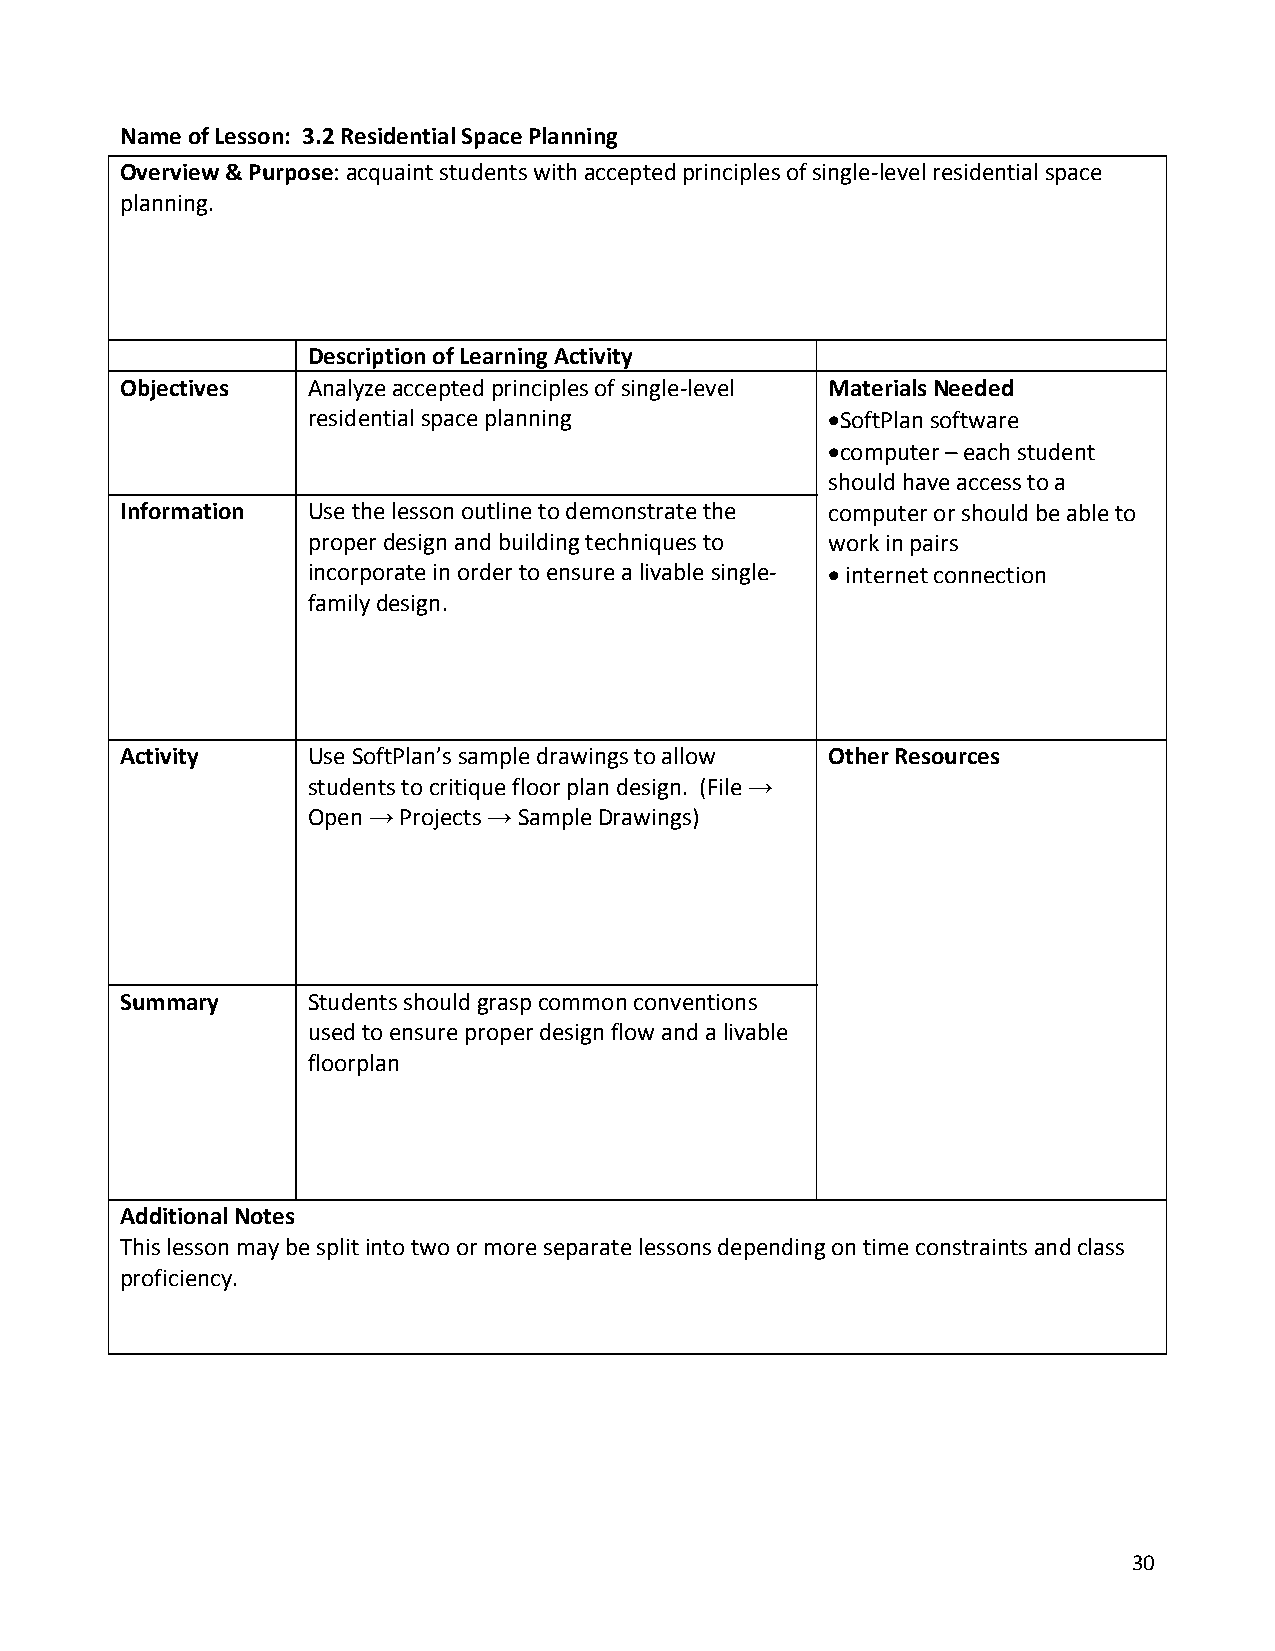
Name of Lesson: 3.2 Residential Space Planning
 Overview & Purpose: acquaint students with accepted principles of single‐level residential space
 planning.
 Description of Learning Activity
 Objectives  Analyze accepted principles of single‐level Materials Needed
 residential space planning         SoftPlan software
 computer – each student
 should have access to a
 Information Use the lesson outline to demonstrate the computer or should be able to
 proper design and building techniques to work in pairs
 incorporate in order to ensure a livable single‐  internet connection
 family design.
 Activity    Use SoftPlan’s sample drawings to allow Other Resources
 students to critique floor plan design. (File →
 Open → Projects → Sample Drawings)
 Summary     Students should grasp common conventions
 used to ensure proper design flow and a livable
 floorplan
 Additional Notes
 This lesson may be split into two or more separate lessons depending on time constraints and class
 proficiency.
 30